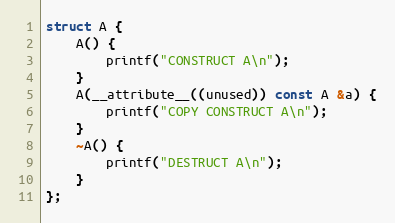
Language: C++
struct A {
    A() {
        printf("CONSTRUCT A\n");
    }
    A(__attribute__((unused)) const A &a) {
        printf("COPY CONSTRUCT A\n");
    }
    ~A() {
        printf("DESTRUCT A\n");
    }
};